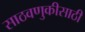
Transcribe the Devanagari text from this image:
साठवणुकीसाठी